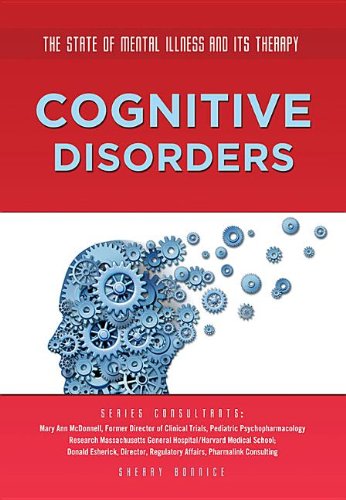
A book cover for Cognitive Disorders (The State of Mental Illness and Its Therapy); Sherry Bonnice; Teen & Young Adult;